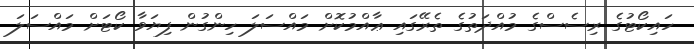
ހައިކޯޓުގެ ރިސެސްގެ މުއްދަތުގެ ތެރޭގައި ޢާއްމުކޮށް މައްސަލަ ހިންގުން ފިޔަވާ ކޯޓަށް މައްސަލަ